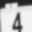
Digit: 4